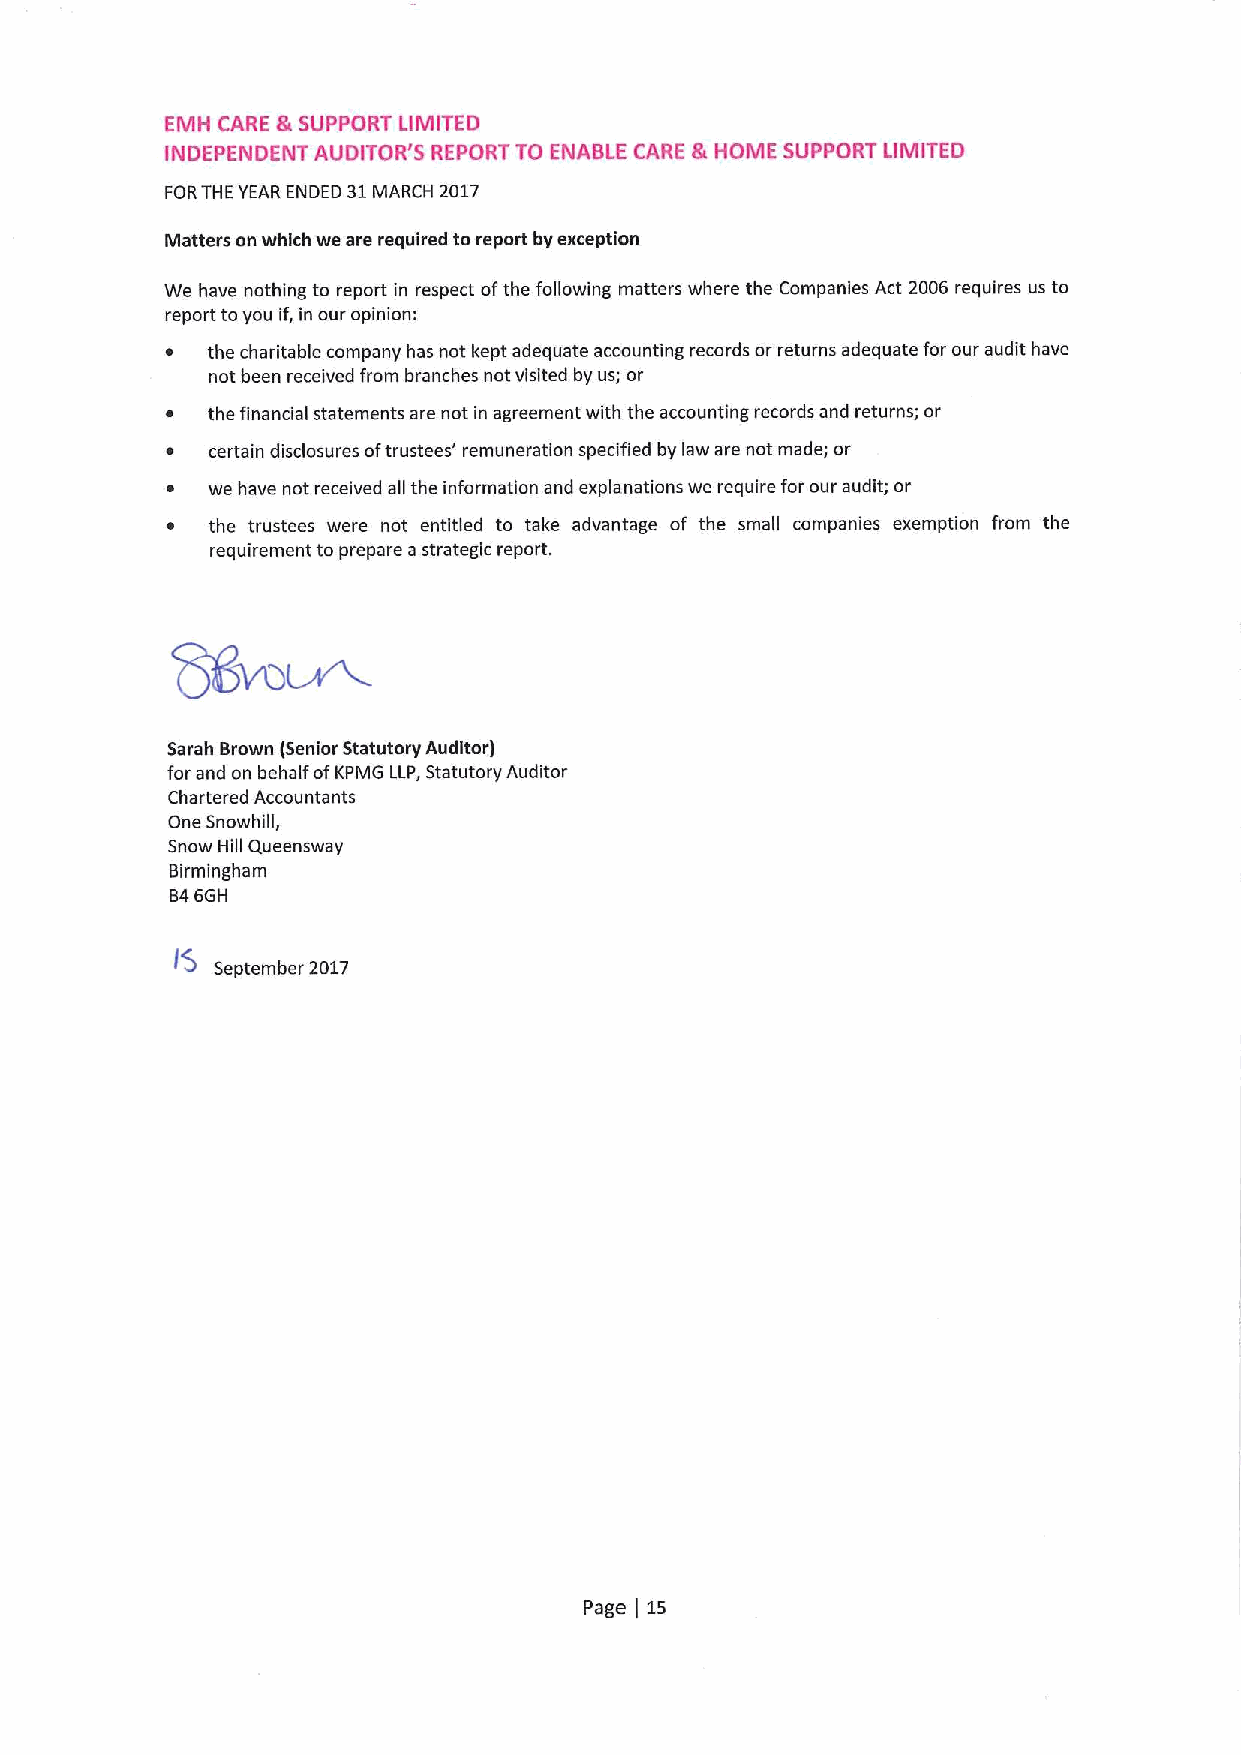
EMH CARE &SUPPORT LIMITED
 INDEPENDENT AUDITOR'S REPORT TO ENABLE CARE BrHOME SUPPORT LIMITED
 FORTHE YEAR ENDED 31MARCH 2017
 Matters on which we are required toreport by exception
 We have nothing to report in respect ofthe following matters where the Companies Act 2006 requires us to
 report toyou if, in our opinion:
 the charitable company has not kept adequate accounting records or returns adequate for our audit have
 not been received from branches not visited by us; or
 the financial statements are not in agreement with the accounting records and returns; or
 certain disclosures oftrustees' remuneration specified by law are not made; or
 we have not received all the information and explanations we require for our audit; or
 the trustees were not entitled to take advantage of the small companies exemption from the
 requirement to prepare astrategic report.
 Sarah Brown (Senior Statutory Auditor)
 for and on behalf ofKPMG LLP,Statutory Auditor
 Chartered Accountants
 One Snowhill,
 Snow Hill Queensway
 Birmingham
 Ba6GH
 September 2017
 Page LS
 I